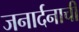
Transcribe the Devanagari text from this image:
जनार्दनाची